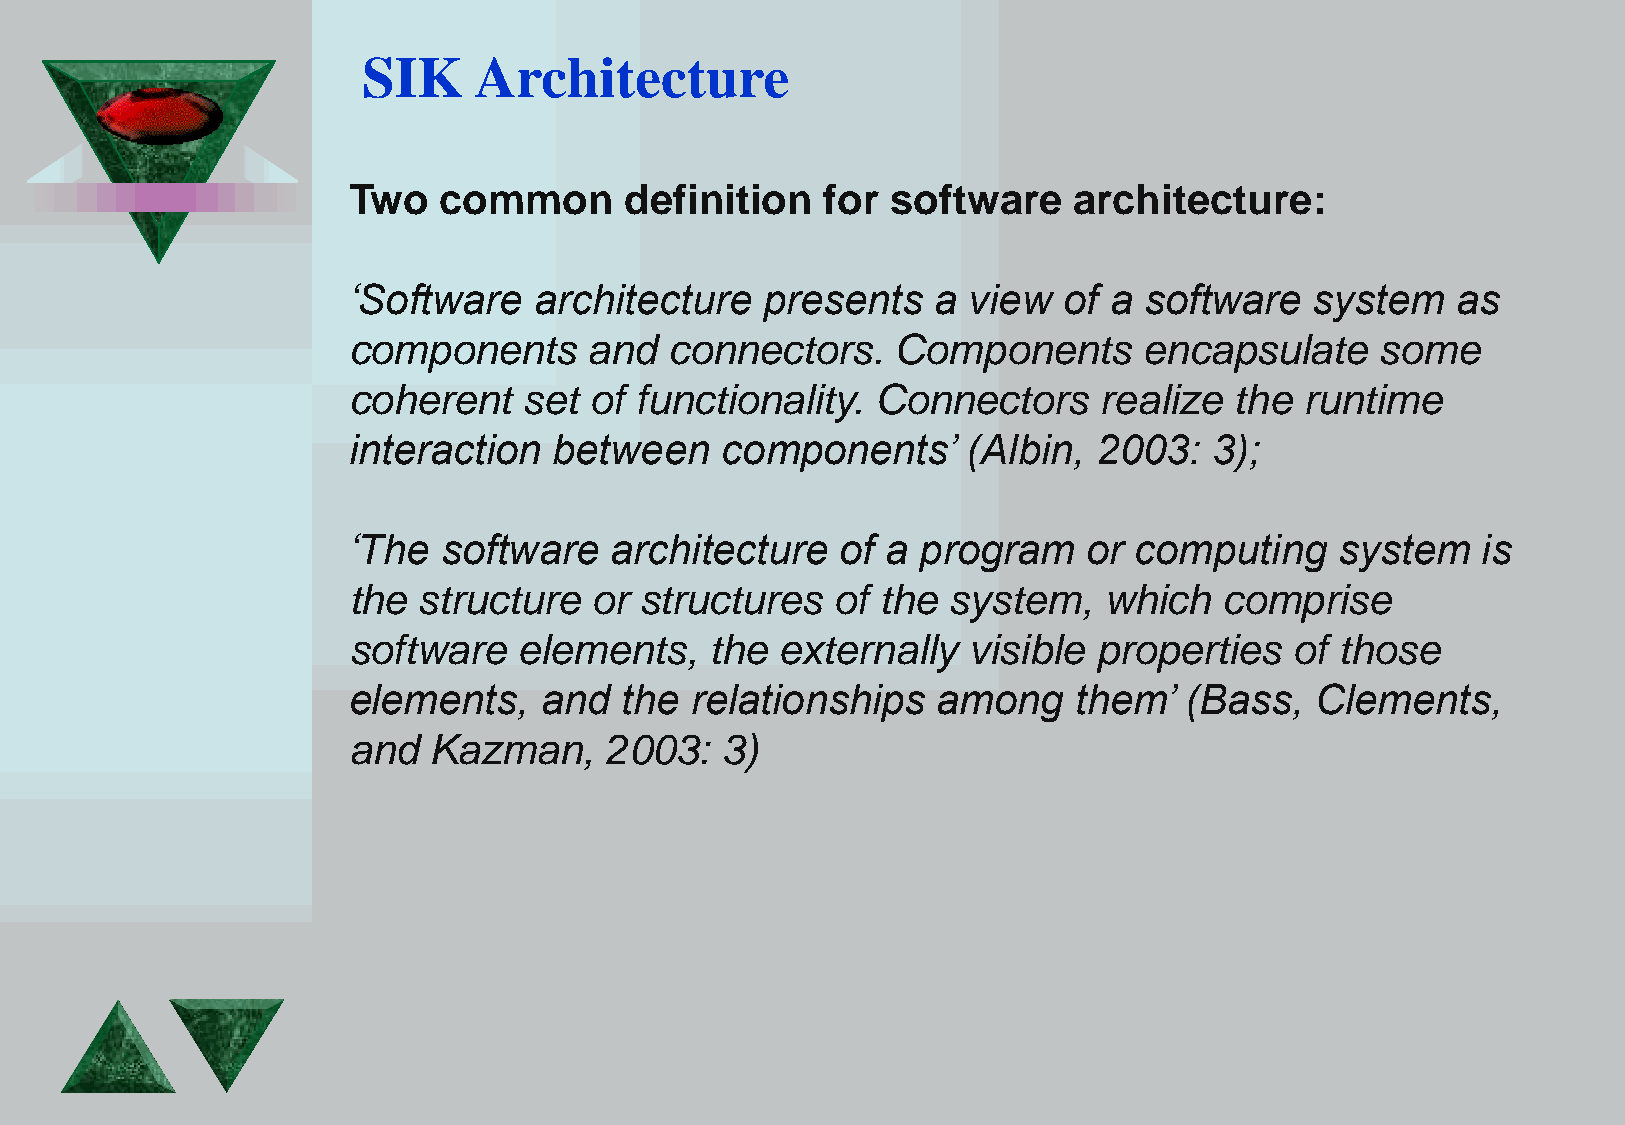
SIK    Architecture
 Two   common      definition    for software    architecture:
 ‘Software   architecture   presents    a view  of a  software   system   as
 components      and  connectors.    Components       encapsulate    some
 coherent    set of functionality.  Connectors     realize  the runtime
 interaction   between    components’     (Albin,  2003:  3);
 ‘The  software   architecture    of a program    or computing     system   is
 the  structure  or structures   of the  system,   which   comprise
 software   elements,    the  externally  visible  properties   of those
 elements,    and  the  relationships   among    them’   (Bass,  Clements,
 and  Kazman,     2003:   3)